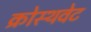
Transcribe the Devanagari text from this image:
क्रोस्थवेट